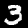
Label: 3